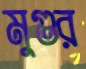
মুগুর